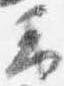
云